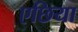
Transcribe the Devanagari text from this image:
एछिया